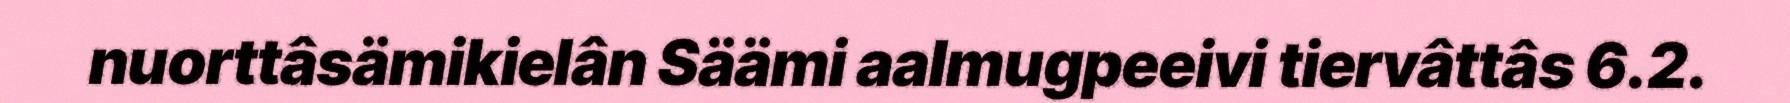
nuorttâsämikielân Säämi aalmugpeeivi tiervâttâs 6.2.